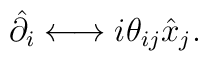
\hat{\partial_i} \longleftrightarrow i\theta_{ij}\hat{x}_j.